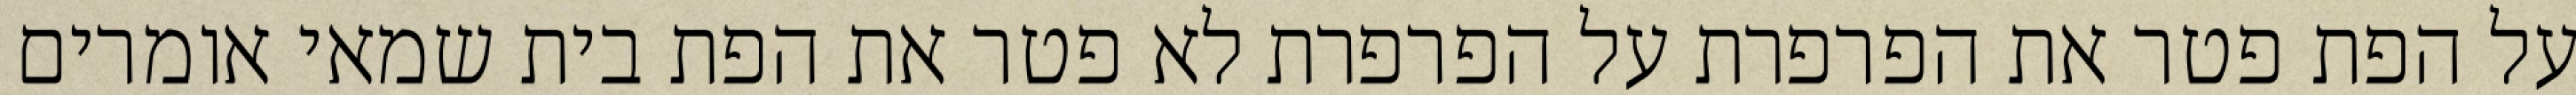
על הפת פטר את הפרפרת על הפרפרת לא פטר את הפת בית שמאי אומרים